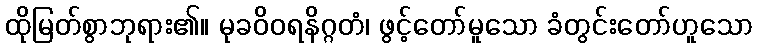
ထိုမြတ်စွာဘုရား၏။ မုခဝိဝရနိဂ္ဂတံ၊ ဖွင့်တော်မူသော ခံတွင်းတော်ဟူသော